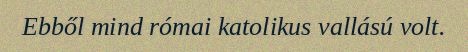
Ebből mind római katolikus vallású volt.